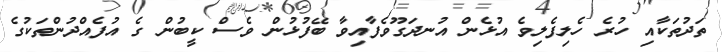
ތަދުތަކާއި ހުރެ ހެލިފެލިވެ އުޅެން އުނދަގޫވެފާއިވާ ބޭފުޅުން ވެސް ކީބުން ގެ އުފެއްދުންތަކުގެ